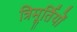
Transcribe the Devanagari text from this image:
त्रिमूर्तियों